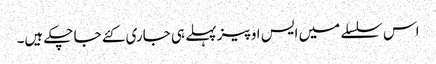
اس سلسلے میں ایس او پیز پہلے ہی جاری کئے جا چکے ہیں۔